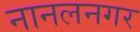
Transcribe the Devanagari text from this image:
नानलनगर